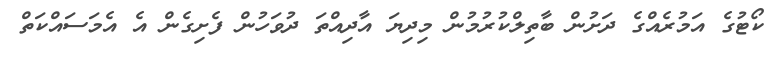
ކޯޓުގެ އަމުރެއްގެ ދަށުން ބާތިލްކުރުމުން މިދިޔަ އާދިއްތަ ދުވަހުން ފެށިގެން އެ އެމަސައްކަތް